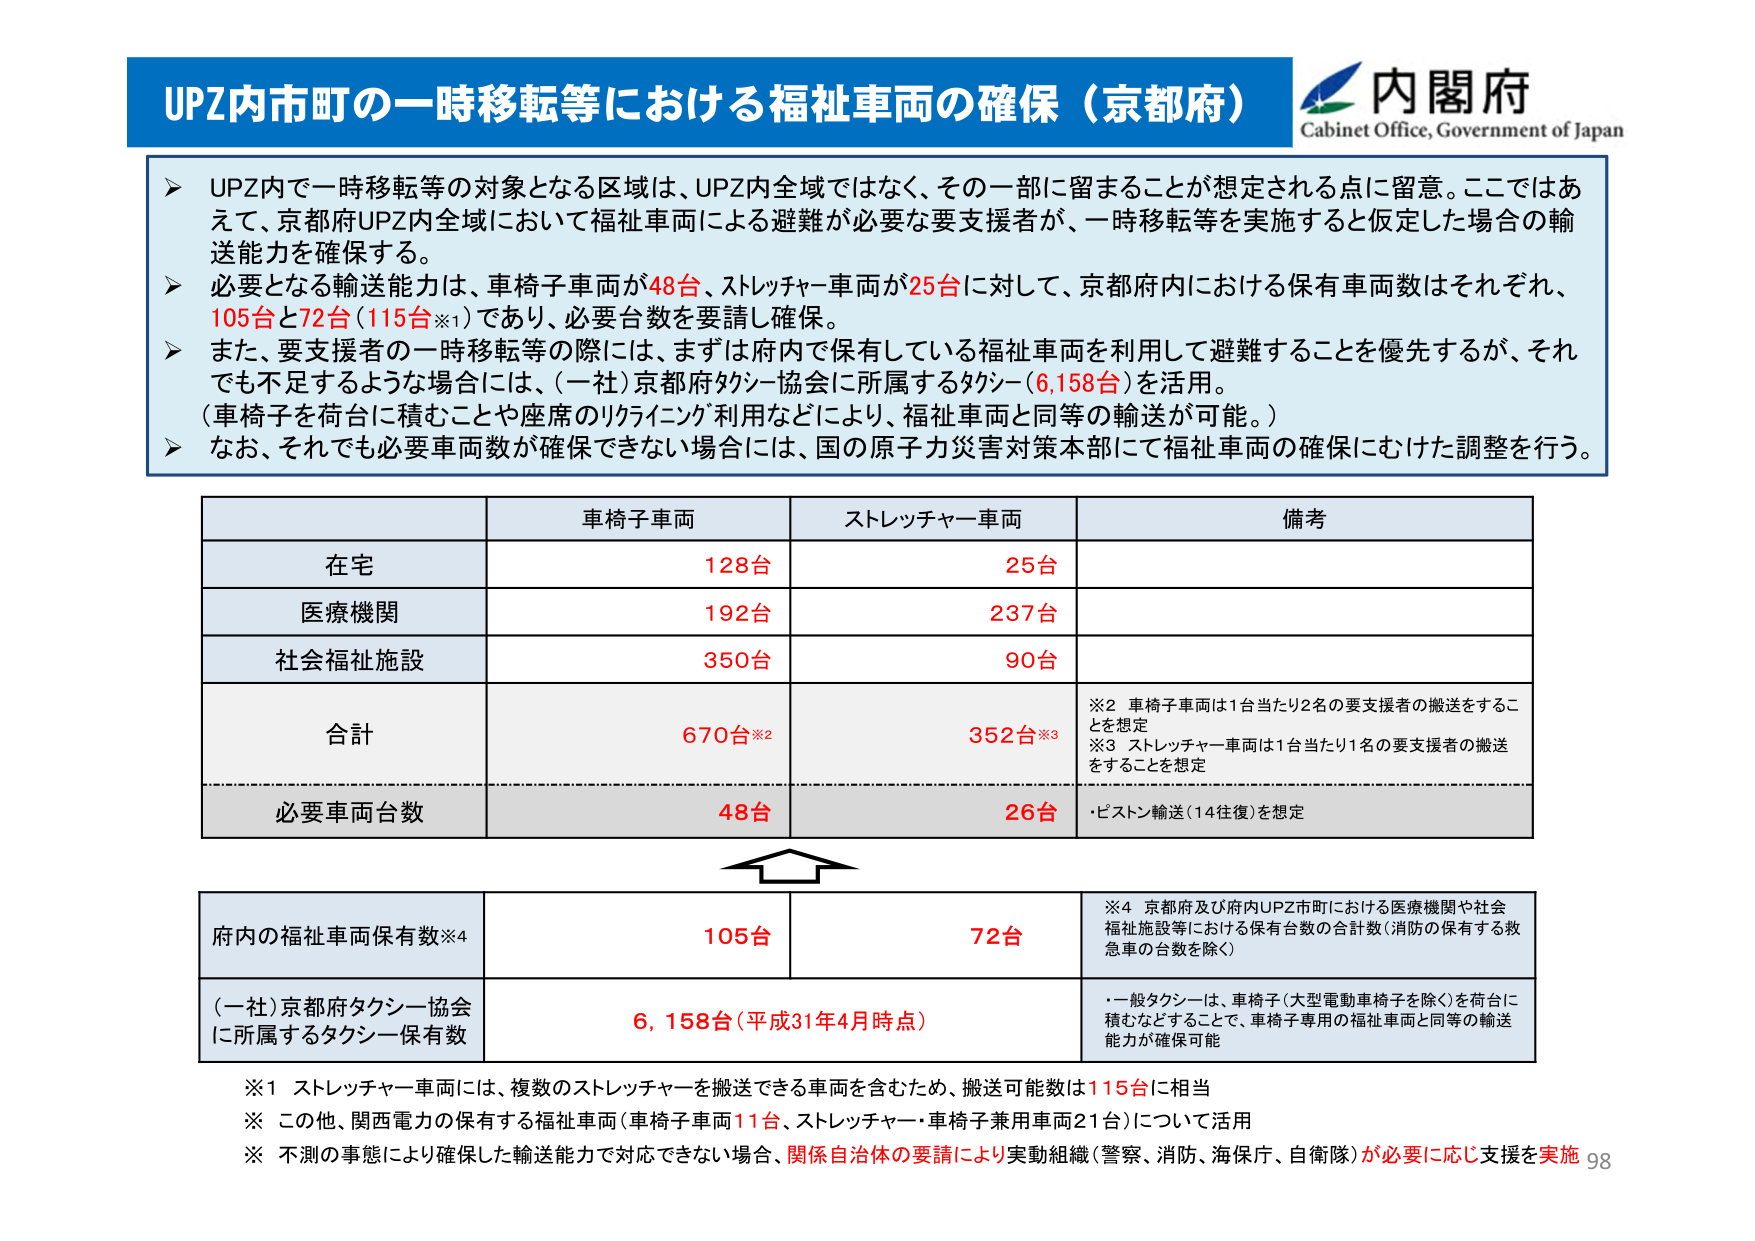
UPZ内市町の一時移転等における福祉車両の確保（京都府）
内閣府
Cabinet Office, Government of Japan

➤ UPZ内で一時移転等の対象となる区域は、UPZ内全域ではなく、その一部に留まることが想定される点に留意。ここではあえて、京都府UPZ内全域において福祉車両による避難が必要な要支援者が、一時移転等を実施すると仮定した場合の輸送能力を確保する。
➤ 必要となる輸送能力は、車椅子車両が48台、ストレッチャー車両が25台に対して、京都府内における保有車両数はそれぞれ、105台と72台（115台※1）であり、必要台数を要請し確保。
➤ また、要支援者の一時移転等の際には、まずは府内で保有している福祉車両を利用して避難することを優先するが、それでも不足するような場合には、（一社）京都府タクシー協会に所属するタクシー（6,158台）を活用。
（車椅子を荷台に積むことや座席のリクライニング利用などにより、福祉車両と同等の輸送が可能。）
➤ なお、それでも必要車両数が確保できない場合には、国の原子力災害対策本部にて福祉車両の確保にむけた調整を行う。

車椅子車両　　ストレッチャー車両　　備考
在宅　　　　　128台　　　　　　25台
医療機関　　　192台　　　　　　237台
社会福祉施設　350台　　　　　　90台
合計　　　　　670台※2　　　　352台※3
　　　　　　　　　　　　　　　※2 車椅子車両は1台当たり2名の要支援者の搬送をすることを想定
　　　　　　　　　　　　　　　※3 ストレッチャー車両は1台当たり1名の要支援者の搬送をすることを想定
必要車両台数　　48台　　　　　　26台　　　・ピストン輸送（14往復）を想定

府内の福祉車両保有数※4　　105台　　　　72台　　※4 京都府及び府内UPZ市町における医療機関や社会福祉施設等における保有台数の合計数（消防の保有する救急車の台数を除く）
（一社）京都府タクシー協会に所属するタクシー保有数　　6,158台（平成31年4月時点）　　・一般タクシーは、車椅子（大型電動車椅子を除く）を荷台に積むなどすることで、車椅子専用の福祉車両と同等の輸送能力が確保可能

※1 ストレッチャー車両には、複数のストレッチャーを搬送できる車両を含むため、搬送可能数は115台に相当
※ この他、関西電力の保有する福祉車両（車椅子車両11台、ストレッチャー・車椅子兼用車両21台）について活用
※ 不測の事態により確保した輸送能力で対応できない場合、関係自治体の要請により実動組織（警察、消防、海保庁、自衛隊）が必要に応じ支援を実施 98